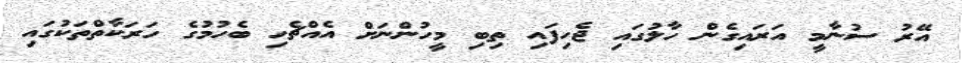
އޭރު ސުނާމީ އަރައިގެން ހާލުގައި ޖެހިފައި ތިބި މީހުންނަށް އެއްޗެހި ބެހުމުގެ ހަރަކާތްތަކުގައި